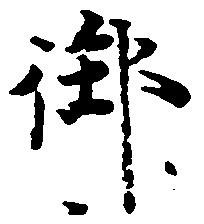
御